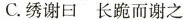
C.绣谢日长跪而谢之